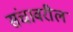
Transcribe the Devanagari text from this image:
संचावरील